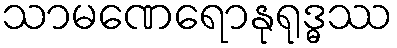
သာမဏေရောနုရုဒ္ဓဿ